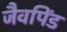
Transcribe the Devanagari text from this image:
जैवपिंड